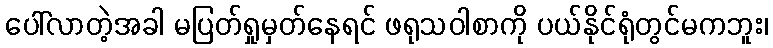
ပေါ်လာတဲ့အခါ မပြတ်ရှုမှတ်နေရင် ဖရုသဝါစာကို ပယ်နိုင်ရုံတွင်မကဘူး၊